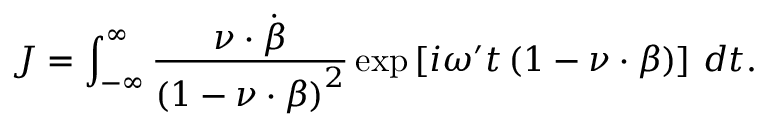
J = \int _ { - \infty } ^ { \infty } \frac { \boldsymbol { \nu } \cdot \dot { \boldsymbol { \beta } } } { \left( 1 - \boldsymbol { \nu } \cdot \boldsymbol { \beta } \right) ^ { 2 } } \exp \left[ i \omega ^ { \prime } t \left( 1 - \boldsymbol { \nu } \cdot \boldsymbol { \beta } \right) \right] \, d t .